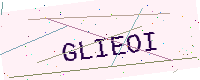
Text: GLIEOI